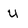
Character: u